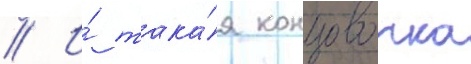
// И́ така́я концовочка